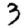
Digit: 3